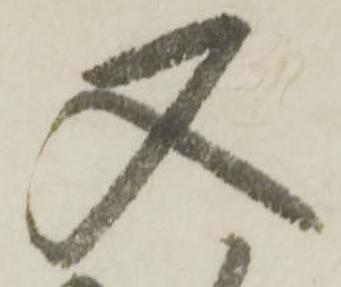
又